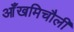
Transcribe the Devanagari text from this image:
आँखमिचौली